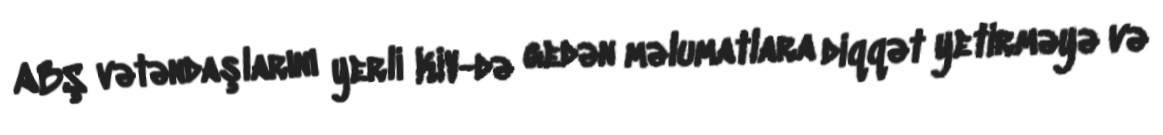
ABŞ vətəndaşlarını yerli KİV-də gedən məlumatlara diqqət yetirməyə və